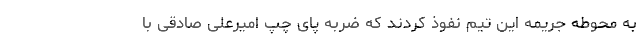
به محوطه جریمه این تیم نفوذ کردند که ضربه پای چپ امیرعلی صادقی با